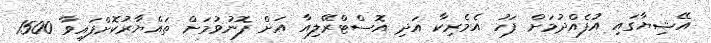
އޭޝިޔާގައި އުފެއްދުމަށް ފަހު އެމެރިކާ އަދި އޮސްޓްރޭލިއާ އަށް ފޮނުވުމަށް ތައްޔާރުކޮށްފައިވާ 1500